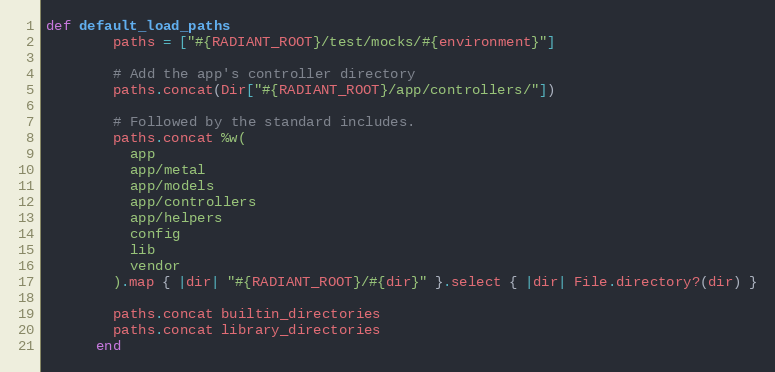
Language: Ruby
def default_load_paths
        paths = ["#{RADIANT_ROOT}/test/mocks/#{environment}"]

        # Add the app's controller directory
        paths.concat(Dir["#{RADIANT_ROOT}/app/controllers/"])

        # Followed by the standard includes.
        paths.concat %w(
          app
          app/metal
          app/models
          app/controllers
          app/helpers
          config
          lib
          vendor
        ).map { |dir| "#{RADIANT_ROOT}/#{dir}" }.select { |dir| File.directory?(dir) }

        paths.concat builtin_directories
        paths.concat library_directories
      end